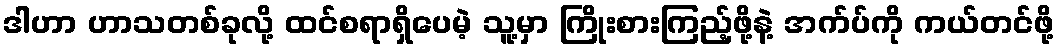
ဒါဟာ ဟာသတစ်ခုလို့ ထင်စရာရှိပေမဲ့ သူ့မှာ ကြိုးစားကြည့်ဖို့နဲ့ အက်ပ်ကို ကယ်တင်ဖို့